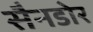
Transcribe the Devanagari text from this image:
सैनडोर